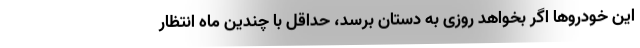
این خودروها اگر بخواهد روزی به دستان برسد، حداقل با چندین ماه انتظار